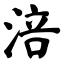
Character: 涪